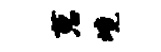
葱境